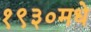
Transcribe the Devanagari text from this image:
१९३०मधे